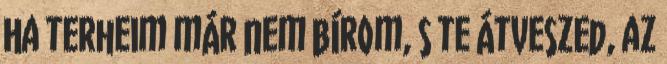
Ha terheim már nem bírom, s te átveszed, az